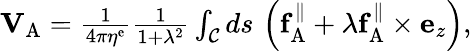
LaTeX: \begin{array}{r}{\mathbf{V}_{\mathrm{A}}=\frac{1}{4\pi\eta^{\mathrm{e}}}\frac{1}{1+\lambda^{2}}\int_{\mathcal{C}}ds\, \left(\mathbf{f}_{\mathrm{A}}^{\| }+\lambda\mathbf{f}_{\mathrm{A}}^{\| }\times\mathbf{e}_{z}\right),}\end{array}